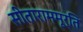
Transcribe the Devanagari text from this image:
सीताराममूर्ति